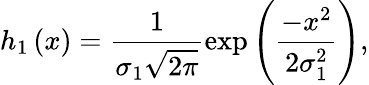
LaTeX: h_{1}\left(x\right)=\frac{1}{\sigma_{1}\sqrt{2\pi}}\exp\left(\frac{-x^{2}}{2\sigma_{1}^{2}}\right),